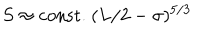
S \approx \mathrm { c o n s t . } ~ ( L / 2 - \sigma ) ^ { 5 / 3 }